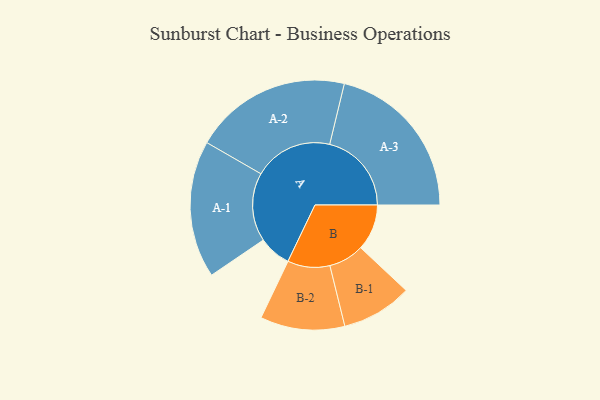
{"axis": {"x": "Segment", "y": "Value"}, "legend": ["", "A", "B"], "data": [{"x": "A", "y": 108, "type": ""}, {"x": "B", "y": 154, "type": ""}, {"x": "A-1", "y": 229, "type": "A"}, {"x": "A-2", "y": 263, "type": "A"}, {"x": "A-3", "y": 273, "type": "A"}, {"x": "B-1", "y": 118, "type": "B"}, {"x": "B-2", "y": 141, "type": "B"}]}